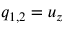
q _ { 1 , 2 } = u _ { z }